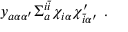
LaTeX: y _ { a \alpha \alpha ^ { \prime } } \Sigma _ { a } ^ { i { \bar { i } } } \chi _ { i \alpha } \chi _ { { \bar { i } } \alpha ^ { \prime } } ^ { \prime } ~ .